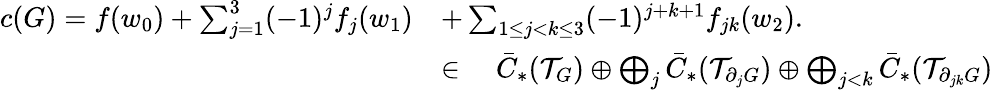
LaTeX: \begin{array}{rl}{c(G)=f(w_{0})+\sum_{j=1}^{3}(-1)^{j}f_{j}(w_{1})}&{+\sum_{1\leq j<k\leq 3}(-1)^{j+k+1}f_{jk}(w_{2}).}\\ &{\in\quad\bar{C}_{*}(\mathcal{T}_{G})\oplus\bigoplus_{j}\bar{C}_{*}(\mathcal{T}_{\partial_{j}G})\oplus\bigoplus_{j<k}\bar{C}_{*}(\mathcal{T}_{\partial_{jk}G})}\end{array}